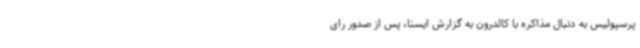
پرسپولیس‌ به دنبال مذاکره با کالدرون به گزارش ایسنا، پس از صدور رای